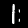
Label: 1